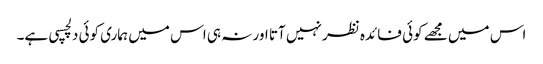
اس میں مجھے کوئی فائدہ نظر نہیں آتا اور نہ ہی اس میں ہماری کوئی دلچسپی ہے۔